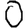
Digit: 0